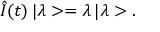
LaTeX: \hat { I } ( t ) \, | \lambda > = \lambda \, | \lambda > .